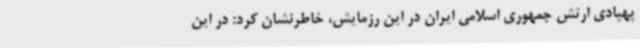
پهپادی ارتش جمهوری اسلامی ایران در این رزمایش، خاطرنشان کرد: در این